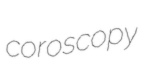
coroscopy